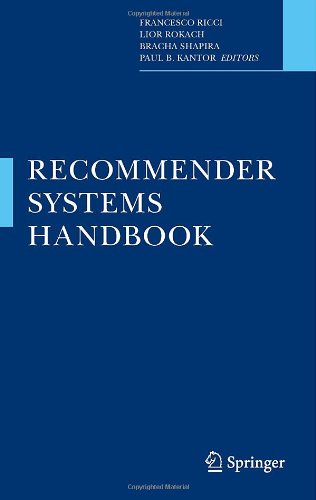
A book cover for Recommender Systems Handbook; Computers & Technology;